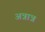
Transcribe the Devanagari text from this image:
अन्नान्न